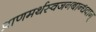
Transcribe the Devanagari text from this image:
प्राणमर्थस्वजनबान्धवान्